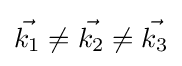
{\vec {k_{1}}}\neq {\vec {k_{2}}}\neq {\vec {k_{3}}}